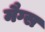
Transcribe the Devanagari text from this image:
मैग्स